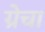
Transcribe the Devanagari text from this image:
ग्रेचा